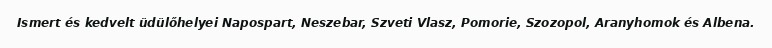
Ismert és kedvelt üdülőhelyei Napospart, Neszebar, Szveti Vlasz, Pomorie, Szozopol, Aranyhomok és Albena.